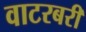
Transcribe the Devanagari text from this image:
वाटरबरी